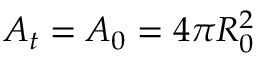
A _ { t } = A _ { 0 } = 4 \pi R _ { 0 } ^ { 2 }